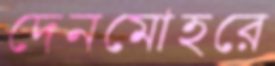
দেনমোহরে